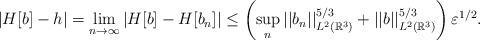
LaTeX: \begin{align*}|H[b]-h|=\lim_{n\to\infty}\left|H[b]-H[b_n] \right|\leq \left(\sup_{n }||b_n||^{5/3}_{L^{2}(\mathbb{R}^{3}) }+||b||^{5/3}_{L^{2}(\mathbb{R}^{3}) } \right)\varepsilon^{1/2}.\end{align*}